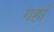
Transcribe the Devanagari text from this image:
गर्हा